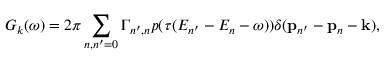
G _ { k } ( \omega ) = 2 \pi \sum _ { n , n ^ { \prime } = 0 } \Gamma _ { n ^ { \prime } , n } p ( \tau ( E _ { n ^ { \prime } } - E _ { n } - \omega ) ) \delta ( \mathbf { p } _ { n ^ { \prime } } - \mathbf { p } _ { n } - \bf k ) ,